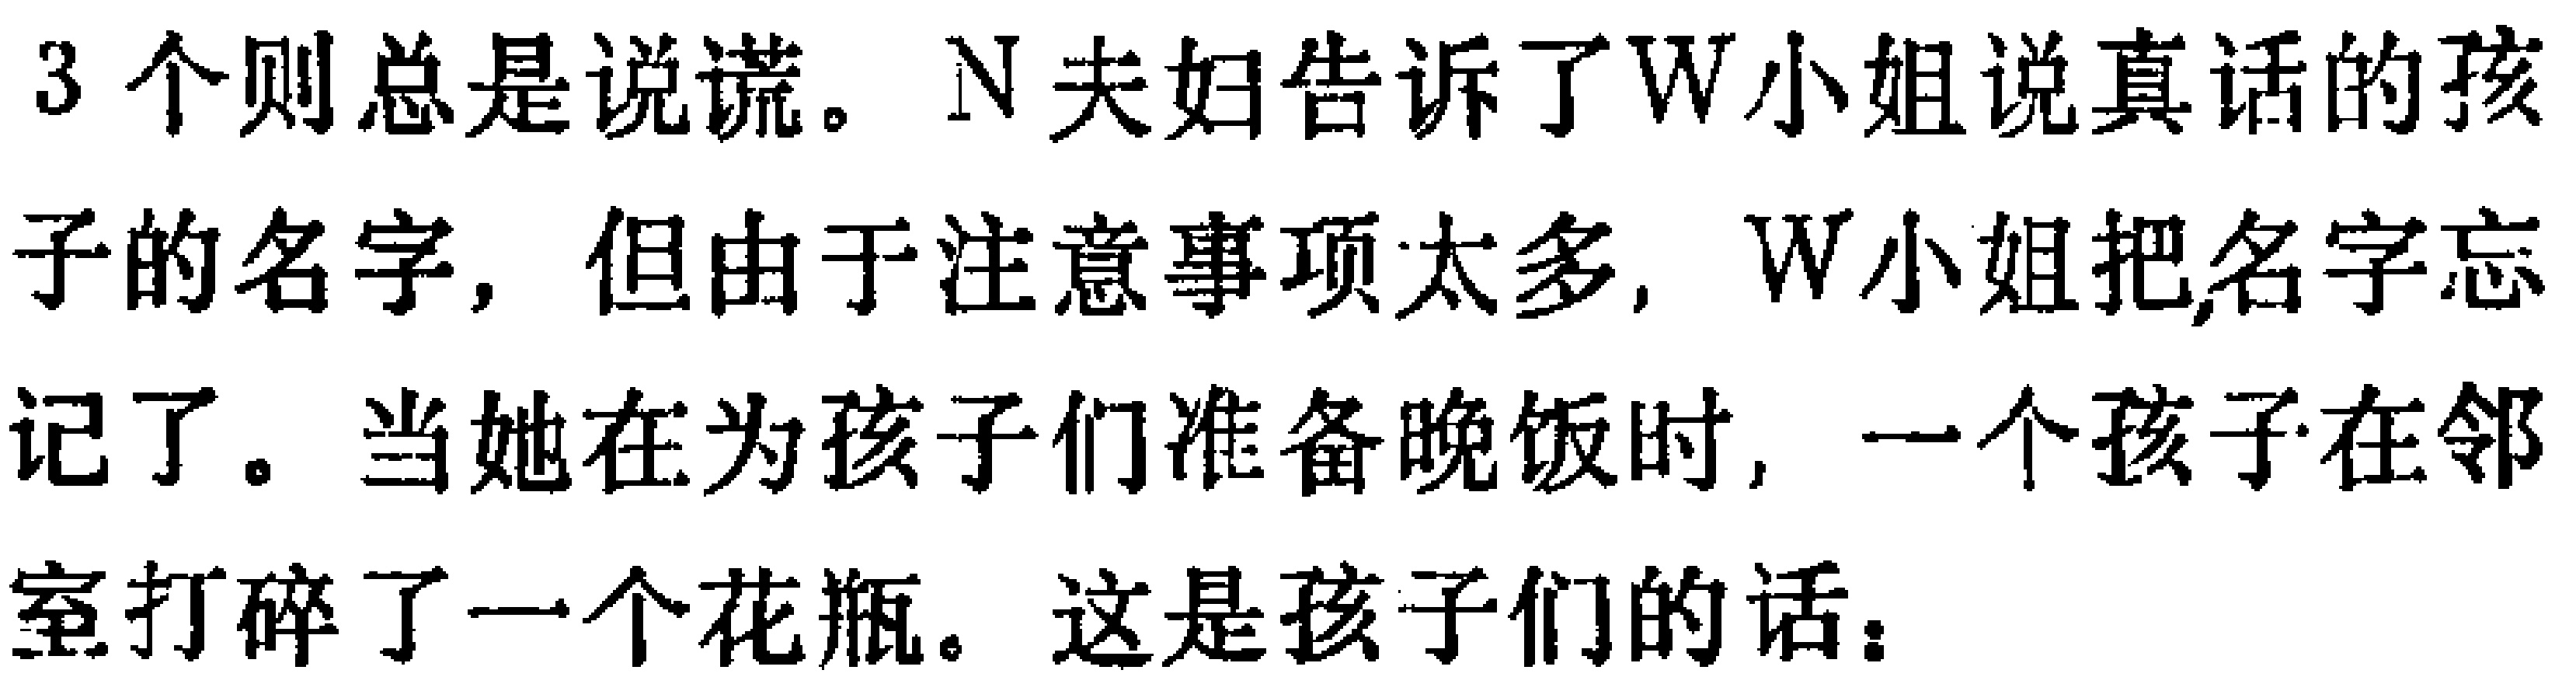
3 个则总是说谎。N 夫妇告诉了W小姐说真话的孩子的名字，但由于注意事项太多，W小姐把名字忘记了。当她在为孩子们准备晚饭时，一个孩子在邻室打碎了一个花瓶。这是孩子们的话：